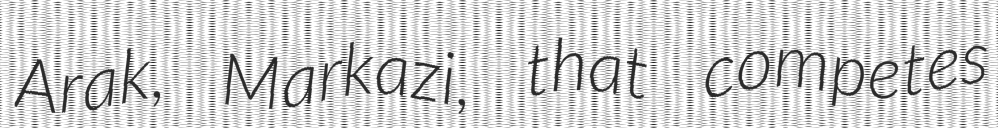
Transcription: Arak, Markazi, that competes